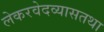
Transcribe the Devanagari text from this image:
लेकरवेदव्यासतथा